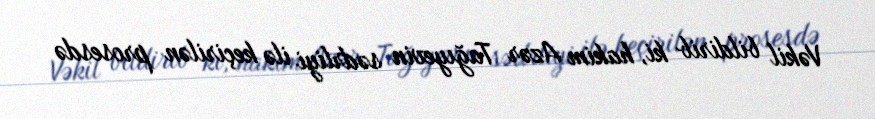
Vəkil bildirib ki, hakim Azər Tağıyevin sədrliyi ilə keçirilən prosesdə